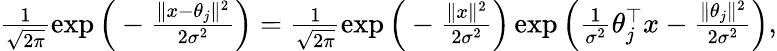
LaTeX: \begin{array}{r}{\frac 1{\sqrt{2\pi}}\exp\Big(-\frac{\| x-\theta_{j}\| ^{2}}{2\sigma^{2}}\Big)=\frac 1{\sqrt{2\pi}}\exp\Big(-\frac{\| x\| ^{2}}{2\sigma^{2}}\Big)\exp\Big(\frac 1{\sigma^{2}}\theta_{j}^{\top}x-\frac{\| \theta_{j}\| ^{2}}{2\sigma^{2}}\Big),}\end{array}